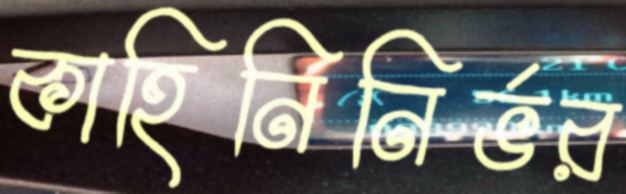
কাহিনিনির্ভর